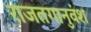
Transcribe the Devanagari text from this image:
राजतगानुवंश